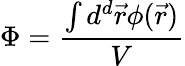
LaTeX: \Phi=\frac{\int d^{d}\vec{r}\phi(\vec{r})}{V}